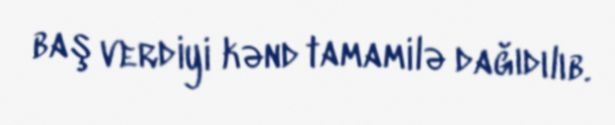
baş verdiyi kənd tamamilə dağıdılıb.